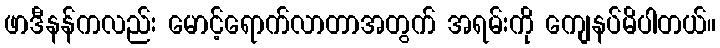
ဖာဒီနန်ကလည်း မောင့်ရောက်လာတာအတွက် အရမ်းကို ကျေနပ်မိပါတယ်။